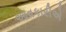
આવકારીએ